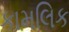
કામલિક